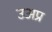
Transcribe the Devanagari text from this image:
उअप्र